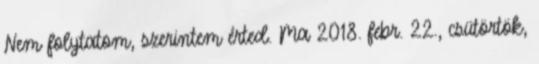
Nem folytatom, szerintem érted. Ma 2018. febr. 22., csütörtök,